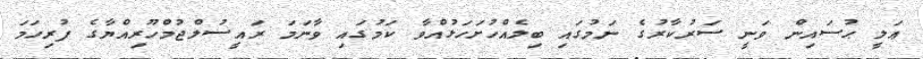
ޢަލީ ޙުސައިން ވަނީ ސަރުކާރުގެ ނަމުގައި ބިލެއްހުށަހަޅުއްވާ ކަމުގައި ވާނަމަ ރައީސުލްޖުމްހޫރިއްޔާގެ ފުރިހަމަ